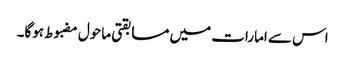
اس سے امارات میں مسابقتی ماحول مضبوط ہوگا۔